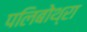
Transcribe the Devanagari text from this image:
पलिबोथ्रा